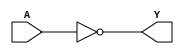
module not_gate(A, Y);
input A;
output Y;

not (Y, A);

endmodule